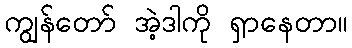
ကျွန်တော် အဲ့ဒါကို ရှာနေတာ။